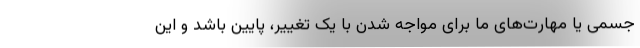
جسمی یا مهارت‌های ما برای مواجه شدن با یک تغییر، پایین باشد و این